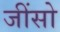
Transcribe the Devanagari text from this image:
जींसो